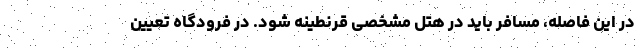
در این فاصله، مسافر باید در هتل مشخصی قرنطینه شود. در فرودگاه تعیین